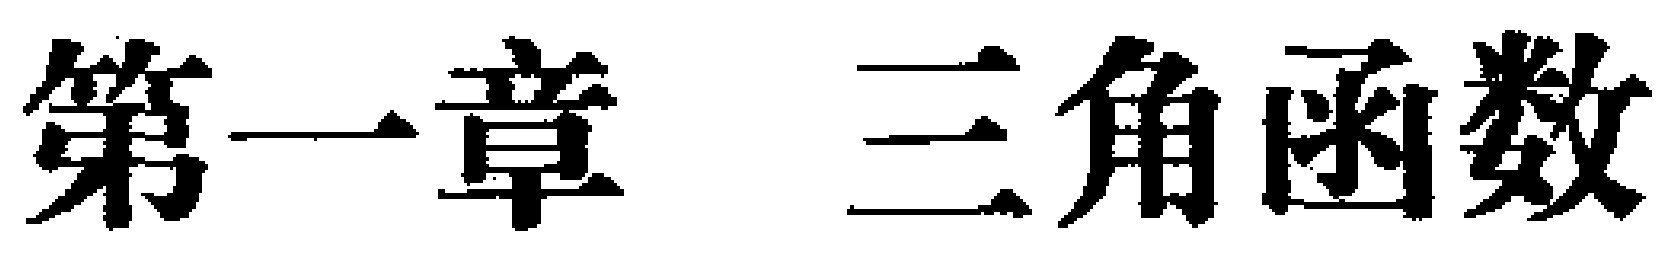
第一章 三角函数